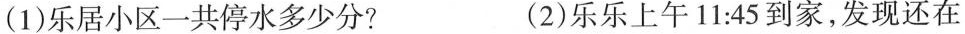
(1)乐居小区一共停水多少分? (2)乐乐上午11:45到家，发现还在